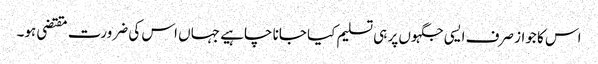
اس کا جواز صرف ایسی جگہوں پر ہی تسلیم کیا جانا چاہیے جہاں اس کی ضرورت مقتضی ہو۔